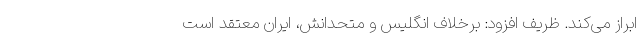
ابراز می‌کند. ظریف افزود: برخلاف انگلیس و متحدانش، ایران معتقد است